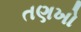
તણખો